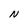
Character: N